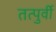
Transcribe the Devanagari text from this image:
तत्पुर्वी